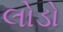
લોડો